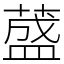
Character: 𦼦